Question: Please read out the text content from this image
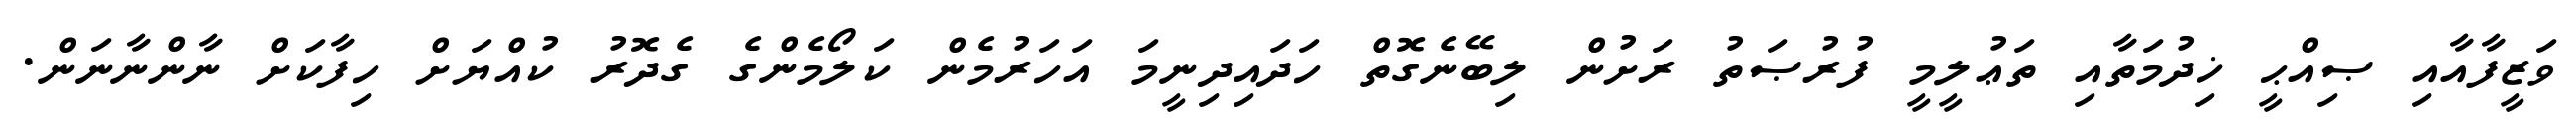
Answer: ވަޒީފާއާއި ޞިއްޙީ ޚިދުމަތާއި ތަޢުލީމީ ފުރުޞަތު ރަށުން ލިބޭނެގޮތް ހަދައިދިނީމަ އަހަރުމެން ކަލޯމެންގެ ގެދޮރު ކުއްޔަށް ހިފާކަށް ނާންނާނަން.